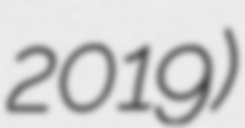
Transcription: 2019)